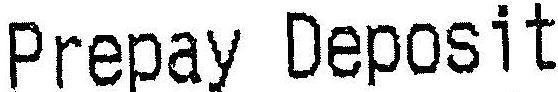
PREPAY DEPOSIT